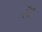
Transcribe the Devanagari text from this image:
रॅद